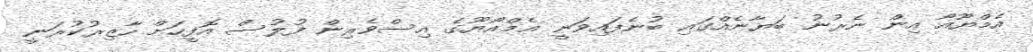
އެމްޔޫއޯ އިން ނެރުނު ބަޔާނެއްގައި ބުނެފައިވަނީ އެމްއޯޔޫގެ އިސްވެރިން ފުލުސް އޮފީހަށް ހާޒިރުކުރަނީ